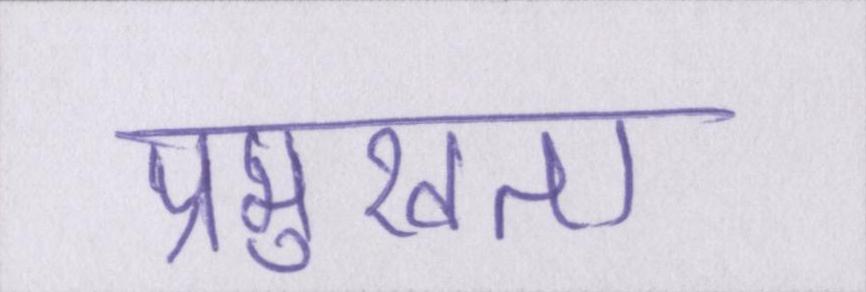
प्रमुखता